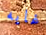
غايه